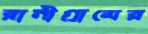
রানীগ্রামের